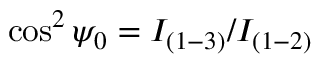
\cos ^ { 2 } \psi _ { 0 } = I _ { ( 1 - 3 ) } / I _ { ( 1 - 2 ) }